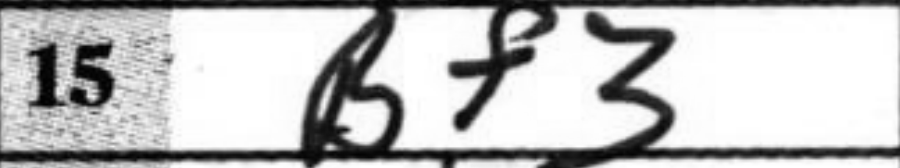
Transcription: Bf3